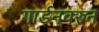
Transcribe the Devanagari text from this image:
गार्डनवरुन